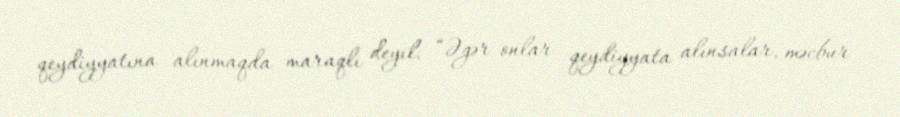
qeydiyyatına alınmaqda maraqlı deyil: “Əgər onlar qeydiyyata alınsalar, məcbur